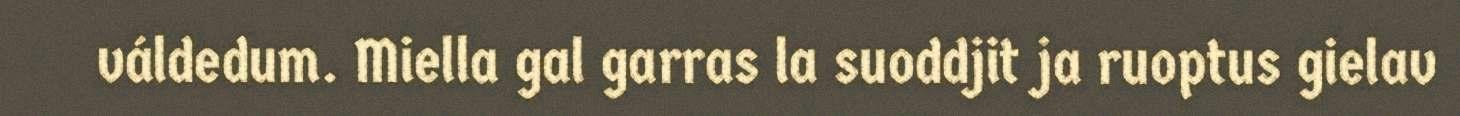
váldedum. Miella gal garras la suoddjit ja ruoptus gielav